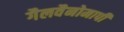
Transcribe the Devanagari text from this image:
गैलवैनोमापी